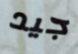
جيد